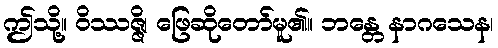
ဤသို့။ ဝိဿဇ္ဇိ၊ ဖြေဆိုတော်မူ၏။ ဘန္တေ နာဂသေန၊